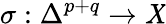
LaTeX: \sigma:\Delta^{p+q}\rightarrow\mathit{X}